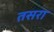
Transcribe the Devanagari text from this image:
तसरा